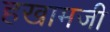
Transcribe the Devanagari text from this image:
हखामजी